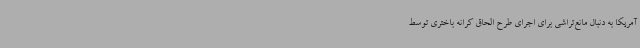
آمریکا به دنبال مانع‌تراشی برای اجرای طرح الحاق کرانه باختری توسط